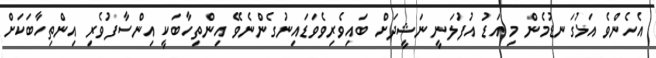
އެހެންވެ އަޅުގަނޑުމެން މި އަޑު އުފުލަނީ ނަޝީދަށް ބައިވެރިވެވަޑައިނުގެންނެވޭ އިންތިހާބަކީ އިންސާފުވެރި އިންތިހާބަކަށް